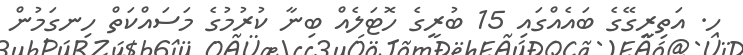
ހ. އަތިރީގޭގެ ބައެއްގައި 15 ބުރީގެ ހޮޓަލެއް ބިނާ ކުރުމުގެ މަސައްކަތް ހިނގަމުން